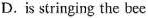
D.is stringing the bee